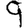
Digit: 9